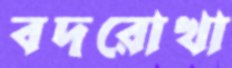
বদরোখা